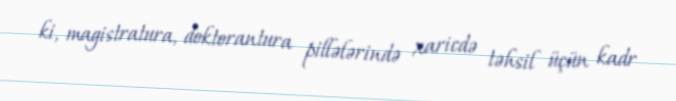
ki, magistratura, doktorantura pillələrində xaricdə təhsil üçün kadr